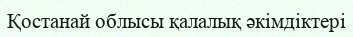
Қостанай облысы қалалық әкімдіктері